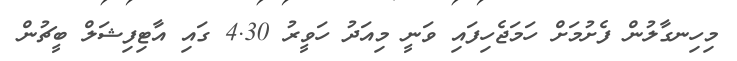
މިހިނގާލުން ފެށުމަށް ހަމަޖެހިފައި ވަނީ މިއަދު ހަވީރު 4.30 ގައި އާޓިފިޝަލް ބީޗުން